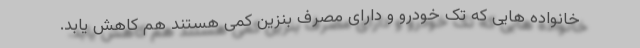
خانواده هایی که تک خودرو و دارای مصرف بنزین کمی هستند هم کاهش یابد.